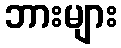
ဘားများ